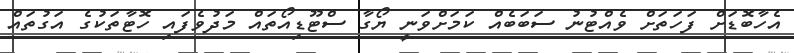
އެހާބޮޑަށް ފަހަތަށް ވެއްޓުނު ސަބަބެއް ކަމަށްވަނީ ޔޯގާ ސްޓޫޑިއޯތައް މަދުވެފައި ހޮޓާތަކުގެ އަގުތައް